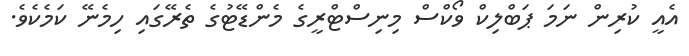
އެއީ ކުރިން ނަމަ ޕަބްލިކް ވޯކްސް މިނިސްޓްރީގެ މެންޑޭޓުގެ ތެރޭގައި ހިމެނޭ ކަމެކެވެ.